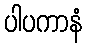
ပါပကာနံ